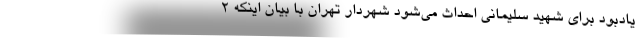
یادبود برای شهید سلیمانی احداث می‌شود شهردار تهران با بیان اینکه ۲